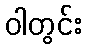
ဝါတွင်း